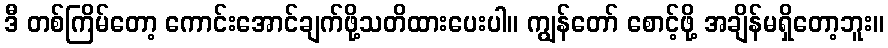
ဒီ တစ်ကြိမ်တော့ ကောင်းအောင်ချက်ဖို့သတိထားပေးပါ။ ကျွန်တော် စောင့်ဖို့ အချိန်မရှိတော့ဘူး။